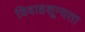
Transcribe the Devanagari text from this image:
विवाहशून्यता